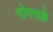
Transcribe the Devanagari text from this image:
मोगराळे